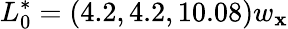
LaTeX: L_{0}^{*}=(4.2,4.2,10.08)w_{\mathbf{x}}